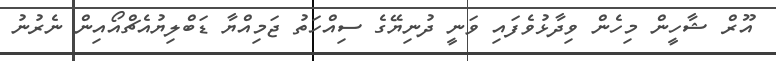
އޫރް ޝާހީން މިހެން ވިދާޅުވެފައި ވަނީ ދުނިޔޭގެ ސިއްހަތު ޖަމިއްޔާ ޑަބްލިޔުއެޗްއޯއިން ނެރުނު